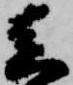
真